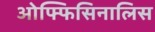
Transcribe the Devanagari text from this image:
ओफ्फिसिनालिस